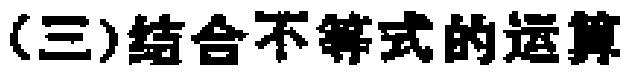
(三)结合不等式的运算